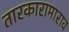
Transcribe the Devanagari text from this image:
तारकारामाराव